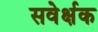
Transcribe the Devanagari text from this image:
सवेर्क्षक